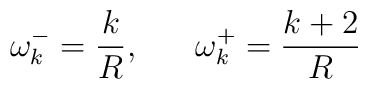
\omega_k^-=\frac{k}{R},~~~~~\omega_k^+=\frac{k+2}{R}